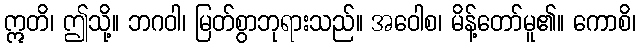
ဣတိ၊ ဤသို့။ ဘဂဝါ၊ မြတ်စွာဘုရားသည်။ အဝေါစ၊ မိန့်တော်မူ၏။ ကောစိ၊